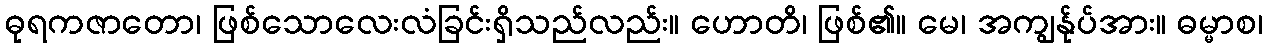
ဓုရကဇာတော၊ ဖြစ်သောလေးလံခြင်းရှိသည်လည်း။ ဟောတိ၊ ဖြစ်၏။ မေ၊ အကျွန်ုပ်အား။ ဓမ္မာစ၊